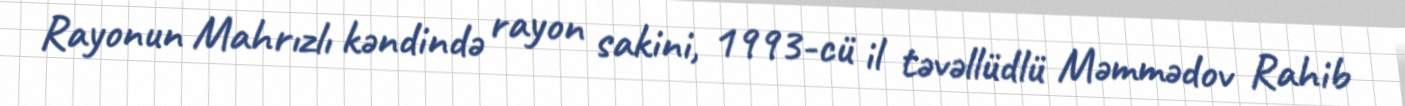
Rayonun Mahrızlı kəndində rayon sakini, 1993-cü il təvəllüdlü Məmmədov Rahib